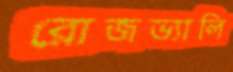
রোজভ্যালি